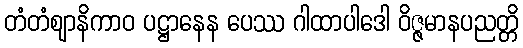
တံတံဈာနိကာဝ ပဋ္ဌာနေန ပေဿ ဂါထာပါဒေါ ဝိဇ္ဇမာနပညတ္တိ